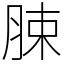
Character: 脨